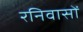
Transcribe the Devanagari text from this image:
रनिवासों